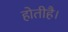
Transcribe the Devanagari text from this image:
होतीहै।